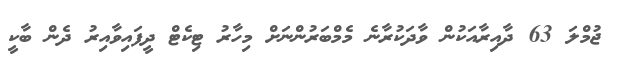
ޖުމްލަ 63 ދާއިރާއަކުން ވާދަކުރާނެ މެމްބަރުންނަށް މިހާރު ޓިކެޓް ދީފައިވާއިރު ދެން ބާކީ